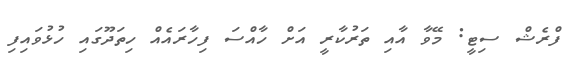
ފްރެޝް ސިޓީ: މޭވާ އާއި ތަރުކާރީ އަށް ހާއްސަ ފިހާރައެއް ހިތަދޫގައި ހުޅުވައިފި